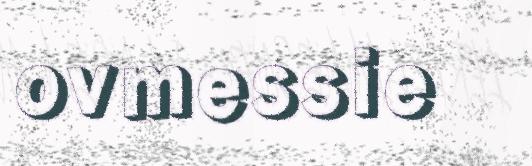
ovmessie